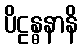
ပိဠန္ဓနာနိ